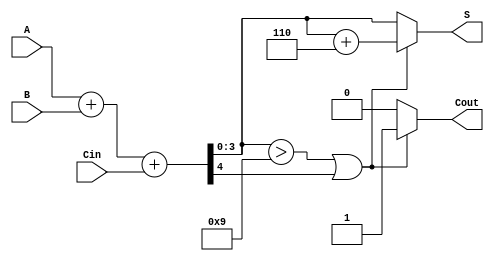
module BCD_Adder (
    input  wire [3:0] A,     // BCD input A
    input  wire [3:0] B,     // BCD input B
    input  wire Cin,         // Carry input
    output reg  [3:0] S,     // BCD output S
    output reg  Cout         // Carry output Cout
);

    wire [4:0] Sum;          // 5-bit Sum to hold the result of A + B + Cin
    wire correction;         // Correction needed

    // Step 1: Perform binary addition
    assign Sum = A + B + Cin;

    // Step 2: Determine if correction is needed
    assign correction = (Sum[3:0] > 4'b1001) || Sum[4];

    // Step 3: Compute the BCD output and carry output
    always @(*) begin
        if (correction) begin
            S = Sum[3:0] + 4'b0110; // Apply correction
            Cout = 1;               // Set carry out
        end else begin
            S = Sum[3:0];           // No correction needed
            Cout = 0;               // No carry out
        end
    end

endmodule